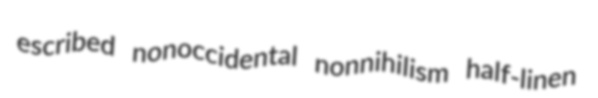
escribed nonoccidental nonnihilism half-linen